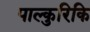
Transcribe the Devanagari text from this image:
पाल्कुरिकि